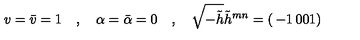
v = \bar { v } = 1 \quad , \quad \alpha = \bar { \alpha } = 0 \quad , \quad \sqrt { - \tilde { h } } \tilde { h } ^ { m n } = \left( \begin{matrix} { - 1 } & { 0 } \\ { 0 } & { 1 } \\ \end{matrix} \right)